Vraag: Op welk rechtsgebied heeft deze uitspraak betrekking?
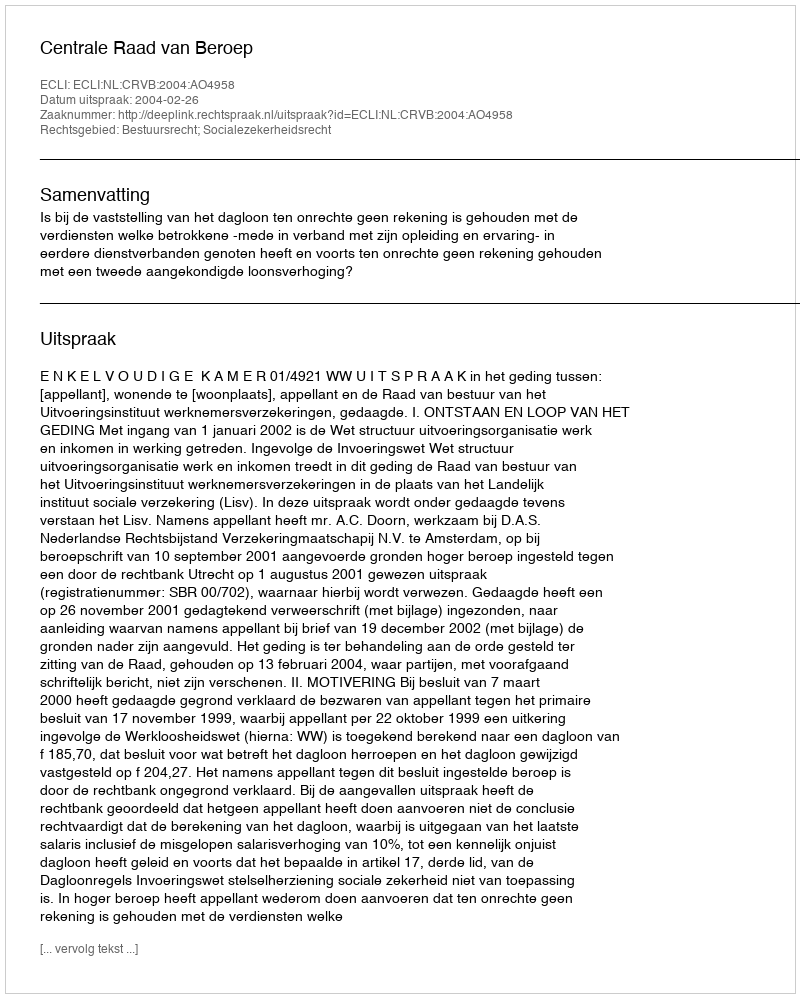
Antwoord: Bestuursrecht; Socialezekerheidsrecht